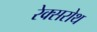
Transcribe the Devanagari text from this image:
रेक्सरोथ